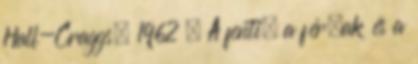
Hall-Craggs, 1962 . A fenti, a férﬁak és a